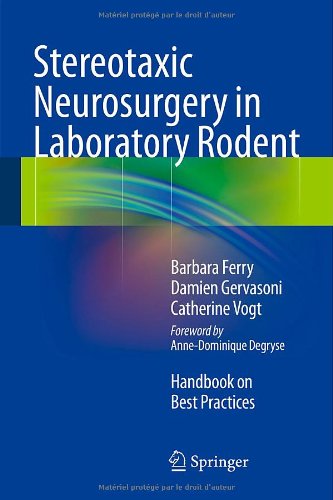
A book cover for Stereotaxic Neurosurgery in Laboratory Rodent: Handbook on Best Practices; Barbara Ferry; Medical Books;